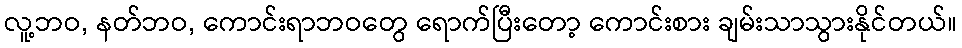
လူ့ဘဝ, နတ်ဘဝ, ကောင်းရာဘဝတွေ ရောက်ပြီးတော့ ကောင်းစား ချမ်းသာသွားနိုင်တယ်။